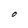
Character: O